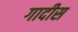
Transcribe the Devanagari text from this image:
गादीस